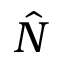
\hat { N }